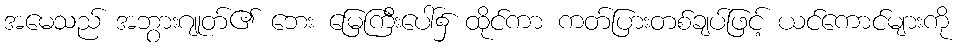
အမေသည် အဘွားဂျုတ်၏ ဘေး မြေကြီးပေါ်၌ ထိုင်ကာ ကတ်ပြားတစ်ချပ်ဖြင့် ယင်ကောင်များကို